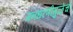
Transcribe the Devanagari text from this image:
मनधरणीमुळेच